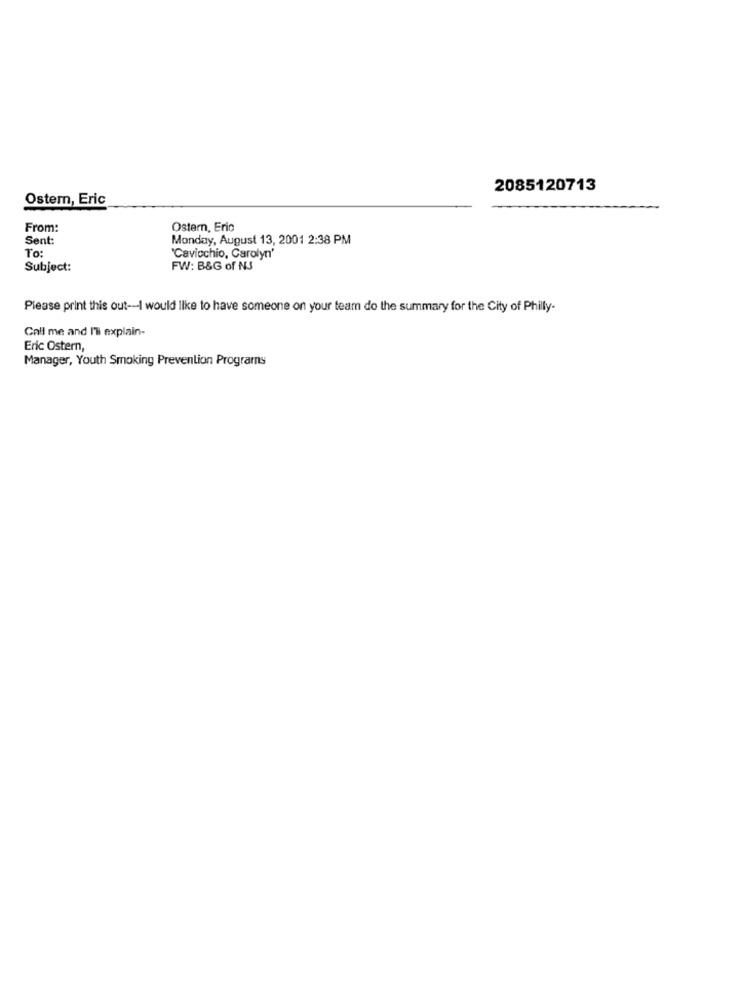
2085120713
Oster, Eric
From:
Ostern, Eric
Sent:
Monday, August 13, 2001 2:38 PM
To:
"Cavicchio, Carolyn'
Subject:
FW: B&G of N3
Please print this out -- I would like to have someone on your team do the summary for the City of Philly-
Call me and I'li explain-
Eric Ostern,
Manager, Youth Smoking Prevention Programs